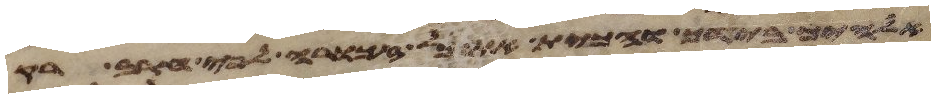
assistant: אלהיך בידך והכית את כל זכורה לפי חרב רק